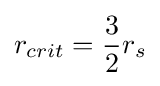
r_{crit}={3 \over 2}r_{s}